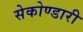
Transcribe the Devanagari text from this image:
सेकोण्डारी